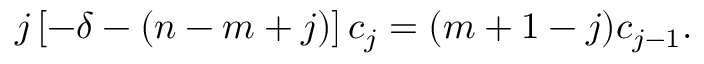
j \left[ - \delta - ( n - m + j ) \right] c _ { j } = ( m + 1 - j ) c _ { j - 1 } .